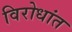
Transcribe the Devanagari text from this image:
विरोधांत